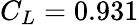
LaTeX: C_{L}=0.931